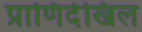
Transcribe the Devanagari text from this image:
प्राणिदेखिल